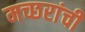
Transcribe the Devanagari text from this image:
मच्छरांची